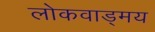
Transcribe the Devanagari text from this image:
लोकवाड्मय